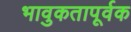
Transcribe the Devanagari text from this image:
भावुकतापूर्वक